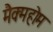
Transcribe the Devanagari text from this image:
मैक्महोम